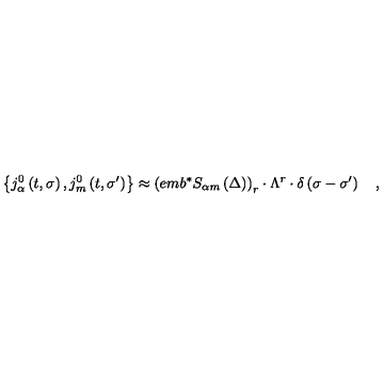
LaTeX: \left\{ j _ { \alpha } ^ { 0 } \left( t , \sigma \right) , j _ { m } ^ { 0 } \left( t , \sigma ^ { \prime } \right) \right\} \approx \left( e m b ^ { * } S _ { \alpha m } \left( \Delta \right) \right) _ { r } \cdot \Lambda ^ { r } \cdot \delta \left( \sigma - \sigma ^ { \prime } \right) \quad ,